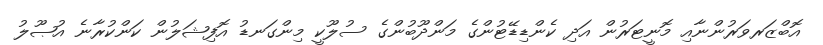
އޮބްޒަރވަރުންނާއި މޮނީޓަރުން އަދި ކެންޑިޑޭޓުންގެ މަންދޫބުންގެ ސުލޫކީ މިންގަނޑު އޮފިޝަލުން ކަންކުރާނެ އުޞޫލު